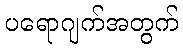
ပရောဂျက်အတွက်